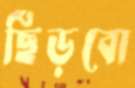
ছিঁড়বো